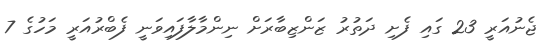
ޖެނުއަރީ 23 ގައި ފެށި ދަތުރު ޒަންޒިބާރަށް ނިންމާލާފައިވަނީ ފެބްރުއަރީ މަހުގެ 7